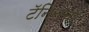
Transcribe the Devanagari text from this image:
टॅनिनचा